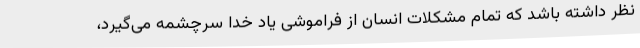
نظر داشته باشد که تمام مشکلات انسان از فراموشی یاد خدا سرچشمه می‌گیرد،